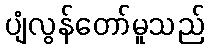
ပျံလွန်တော်မူသည်